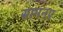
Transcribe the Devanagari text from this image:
सामनए